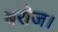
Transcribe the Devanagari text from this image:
बरोज।